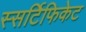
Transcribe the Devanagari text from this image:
स्सर्टिफिकेट